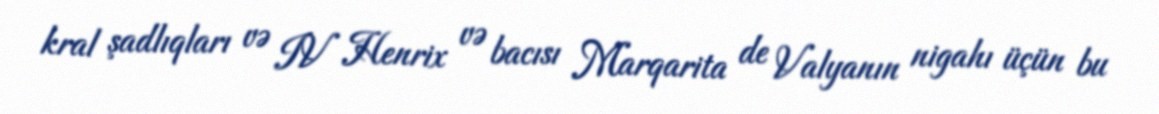
kral şadlıqları və IV Henrix və bacısı Marqarita de Valyanın nigahı üçün bu